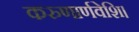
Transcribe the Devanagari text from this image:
करुणार्णवेशि।